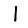
Digit: 1